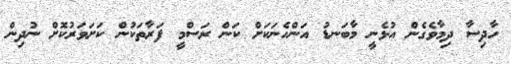
ހާދިސާ ދިމާވެގެން އުޅެނީ މާބަނޑު އަންހެނަކަށް ކަން ރަސްމީ ފަރާތަކުން ކަށަވަރުކޮށް ނުދިން